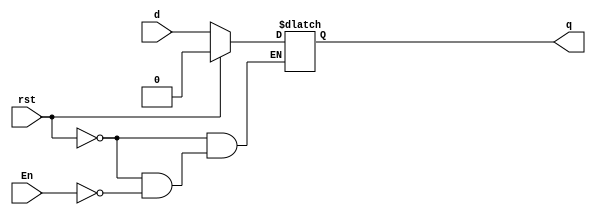
module dlatch(d,En,rst,q);
  input d,En,rst;
  output reg q;
  
  always @(rst,En,d)
  begin
  
  if (rst)
    begin
    q=0;
  end
  else if (En)
    begin
    q=d;
  end
end
  endmodule